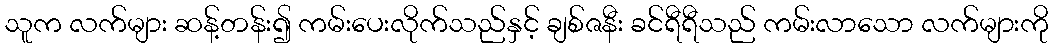
သူက လက်များ ဆန့်တန်း၍ ကမ်းပေးလိုက်သည်နှင့် ချစ်ဇနီး ခင်ရီရီသည် ကမ်းလာသော လက်များကို